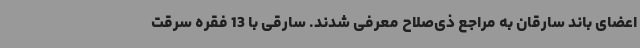
اعضای باند سارقان به مراجع ذی‌صلاح معرفی شدند. سارقی با 13 فقره سرقت